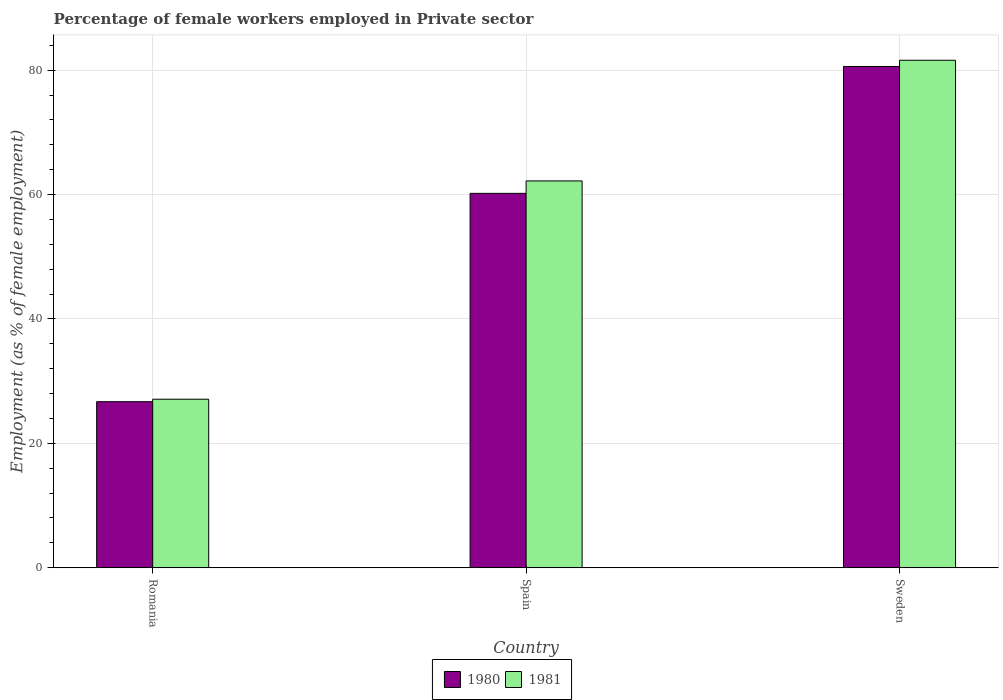
| Country | 1980 | 1981 |
 | --- | --- | --- |
 | Romania | 26.7 | 27.1 |
 | Spain | 60.2 | 62.2 |
 | Sweden | 80.6 | 81.6 |